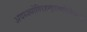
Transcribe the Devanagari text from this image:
अदध्ज्र्योतिरहन्वृहस्पतिर्भिनदद्रिं